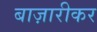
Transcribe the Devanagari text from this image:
बाज़ारीकर